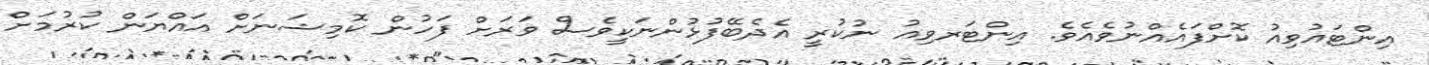
އިންޓައުވިއު ކޮށްފައެއްނުވެއެވެ. އިންޓަރވިއު ނުކުރީ އެދެބޭފުޅުންނަކީވެސް ވަރަށް ފަހުން ކޮމިޝަނަށް އައްޔަން ކުރުމަށް